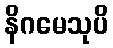
နိဂမေသုပိ